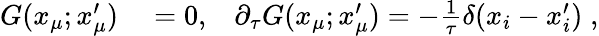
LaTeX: \begin{array}{rlr}{G(x_{\mu};x_{\mu}^{\prime})}&{{}=0,}&{\partial_{\tau}G(x_{\mu};x_{\mu}^{\prime})=-\frac{1}{\tau}\delta(x_{i}-x_{i}^{\prime})\; ,}\end{array}